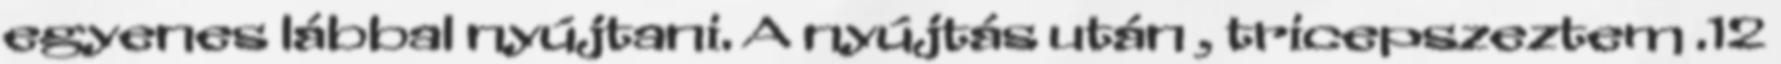
egyenes lábbal nyújtani. A nyújtás után , tricepszeztem .12